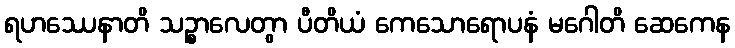
ရဟဿေနာတိ သဉ္စာလေတွာ ပီတိယံ ကေသောရောပနံ မဂေါတိ ဆေကေန